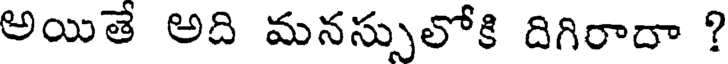
అయితే అది మనస్సులోకి దిగిరాదా ?